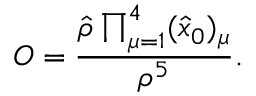
{ \cal O } = { \frac { \hat { \rho } \prod _ { \mu = 1 } ^ { 4 } ( \hat { x } _ { 0 } ) _ { \mu } } { \rho ^ { 5 } } } .